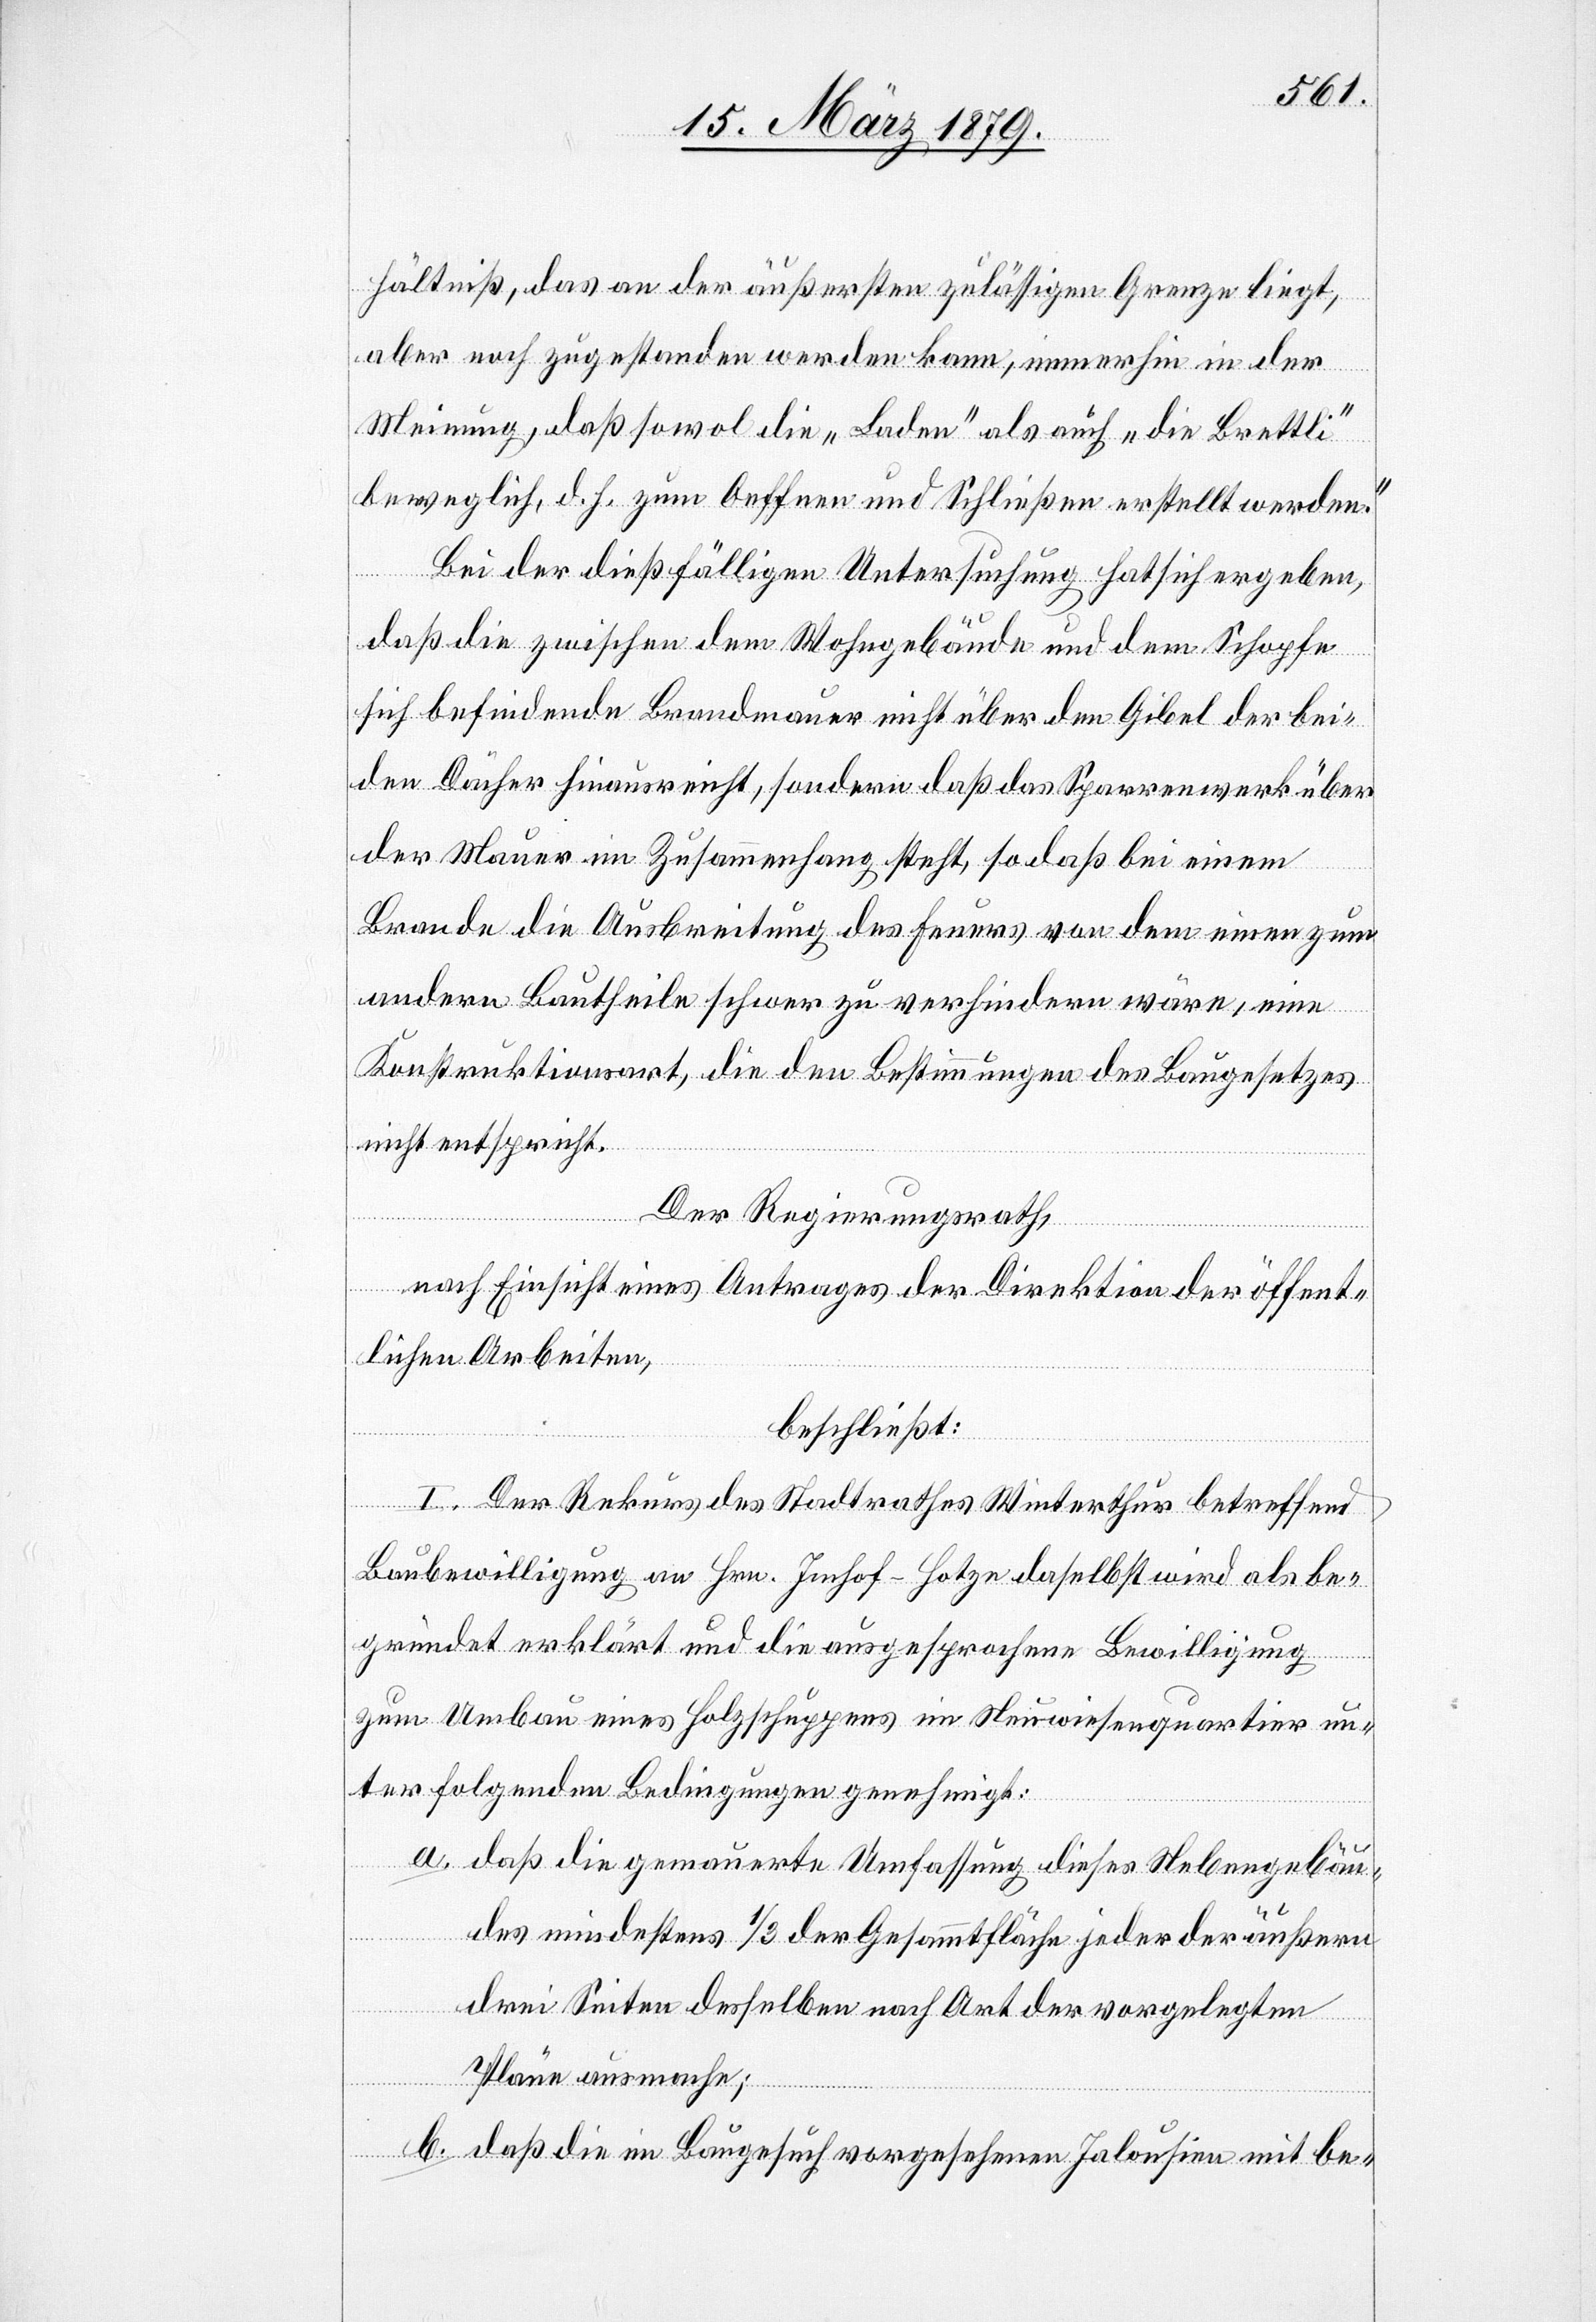
hältniß, das an der äußersten zulässigen Grenze liegt,
aber noch zugestanden werden kann, immerhin in der
Meinung, daß sowol die „Laden“ als auch „die Brettli“
beweglich, d. h. zum Oeffnen und Schließen erstellt werden.“
Bei der dießfälligen Untersuchung hat sich ergeben,
daß die zwischen dem Wohngebäude und dem Schopfe
sich befindende Brandmauer nicht über den Giebel der bei¬
den Dächer hinausreicht, sondern daß das Sparrenwerk über
der Mauer im Zusammenhang steht, so daß bei einem
Brande die Ausbreitung des Feuers von dem einen zum
andern Bautheile schwer zu verhindern wäre, eine
Konstruktionsart, die den Bestimmungen des Baugesetzes
nicht entspricht.
Der Regierungsrath,
nach Einsicht eines Antrages der Direktion der öffent¬
lichen Arbeiten,
beschließt:
I. Der Rekurs des Stadtrathes Winterthur betreffend
Baubewilligung an Hrn. Imhof-Hotze daselbst wird als be¬
gründet erklärt und die ausgesprochene Bewilligung
zum Umbau eines Holzschuppens im Neuwiesenquartier un¬
ter folgenden Bedingungen genehmigt:
a. daß die gemauerte Umfassung dieses Nebengebäu¬
des mindestens 1/3 der Gesammtfläche jeder der äußer¬
n Seiten desselben nach Art der vorgelegten
Pläne ausmache;
b. daß die im Baugesuch vorgesehenen Jalousien mit be-